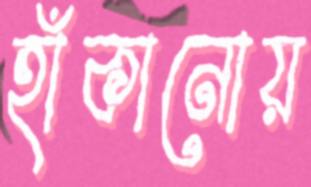
হাঁকানোয়